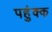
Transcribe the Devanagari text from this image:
पहुंक्क